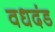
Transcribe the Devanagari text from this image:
वधदंड